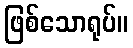
ဖြစ်သောရုပ်။